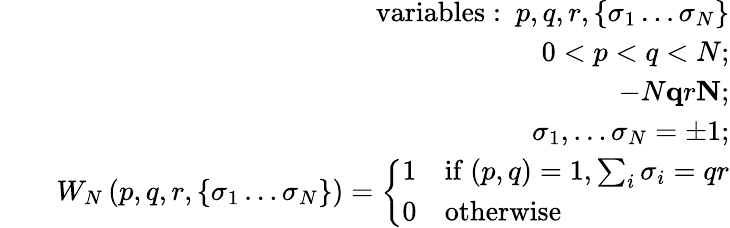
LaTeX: \begin{array}{rlr}&{}&{\mathrm{variables:~}p,q,r,\left\{ \sigma_{1}\dots\sigma_{N}\right\} }\\ &{}&{0<p<q<N;}\\ &{}&{-N\le qr\le N;}\\ &{}&{\sigma_{1},\dots\sigma_{N}=\pm 1;}\\ &{}&{W_{N}\left(p,q,r,\left\{ \sigma_{1}\dots\sigma_{N}\right\} \right)=\left\{ \begin{array}{ll}{1}&{\mathrm{if~}(p,q)=1,\sum_{i}\sigma_{i}=qr}\\ {0}&{\mathrm{otherwise}}\end{array}\right.}\end{array}